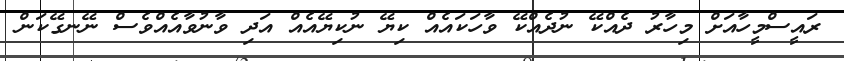
ރައީސްމީހާއަށް މިހާރު ދެއްކޭ ނުދެއްކޭ ވާހަކައެއް ކިޔޭ ނުކިޔޭއެއް އަދި ވާނުވާއެއްވެސް ނޭނގޭކަން